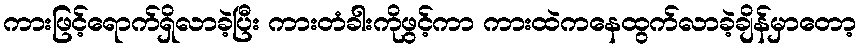
ကားဖြင့်ရောက်ရှိလာခဲ့ပြီး ကားတံခါးကိုဖွင့်ကာ ကားထဲကနေထွက်လာခဲ့ချိန်မှာတော့